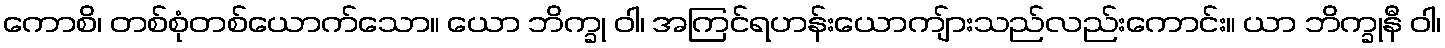
ကောစိ၊ တစ်စုံတစ်ယောက်သော။ ယော ဘိက္ခု ဝါ၊ အကြင်ရဟန်းယောကျ်ားသည်လည်းကောင်း။ ယာ ဘိက္ခုနီ ဝါ၊